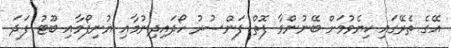
އޭގެ ތެރޭގައި ކިޔެވުމަށް ބޭނުންވާ ފޮތް ފަންސުރު ހޯދައިދިނުމާއި ޔުނިފޯމާއި ބޫޓު ފަދަ